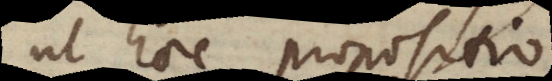
ut haec propositio